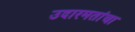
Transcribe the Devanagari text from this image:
उदारमतांचा